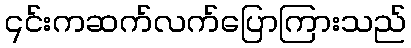
၎င်းကဆက်လက်ပြောကြားသည်